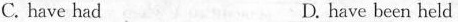
C. have had D. have been held